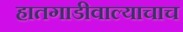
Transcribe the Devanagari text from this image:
हातगाडीवाल्याचाच